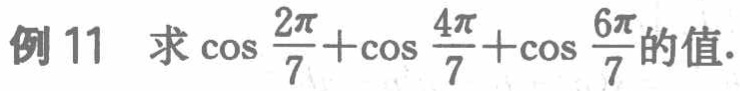
例 11 求\(\cos\frac{2\pi}{7}+\cos\frac{4\pi}{7}+\cos\frac{6\pi}{7}\)的值.